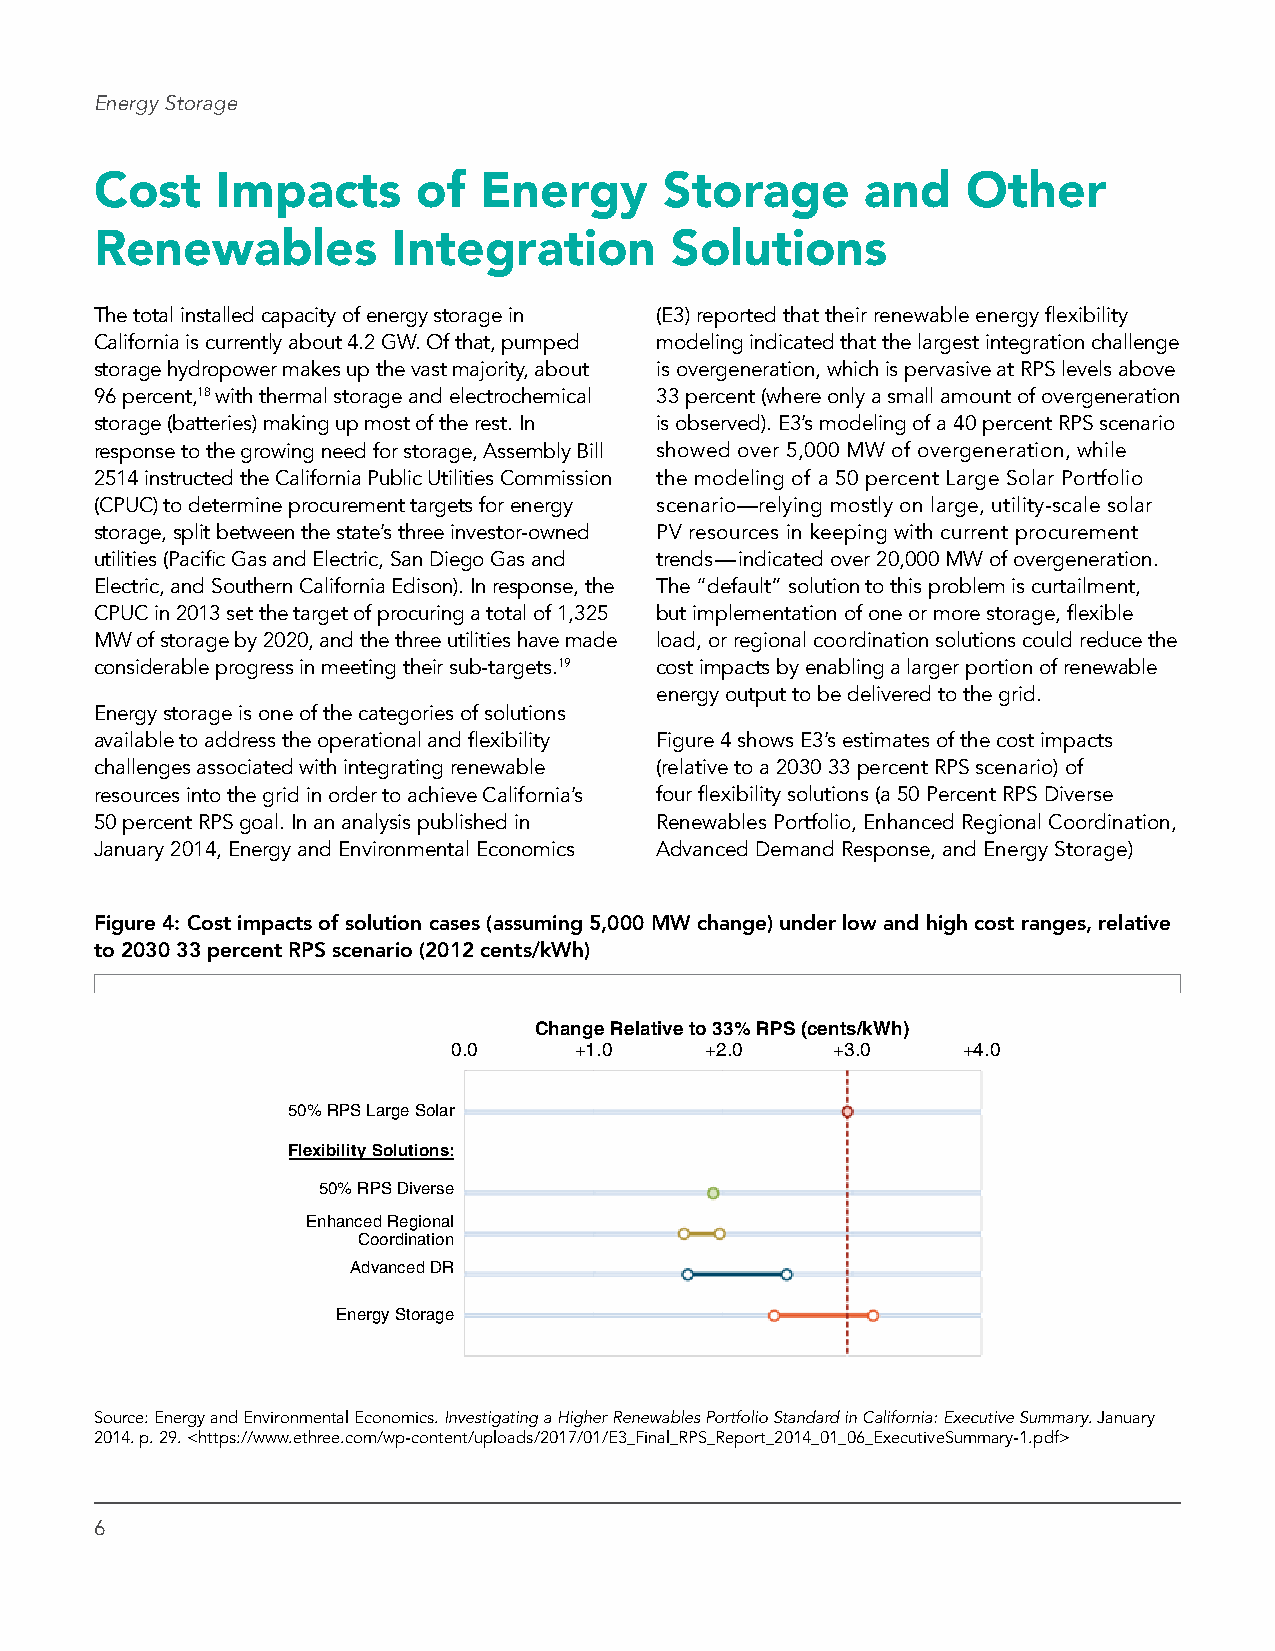
Energy Storage
 Cost    Impacts       of  Energy      Storage      and    Other
 Renewables          Integration       Solutions
 The total installed capacity of energy storage in (E3) reported that their renewable energy flexibility
 California is currently about 4.2 GW. Of that, pumped modeling indicated that the largest integration challenge
 storage hydropower makes up the vast majority, about is overgeneration, which is pervasive at RPS levels above
 96 percent,18 with thermal storage and electrochemical 33 percent (where only a small amount of overgeneration
 storage (batteries) making up most of the rest. In is observed). E3’s modeling of a 40 percent RPS scenario
 response to the growing need for storage, Assembly Bill showed over 5,000 MW of overgeneration, while
 2514 instructed the California Public Utilities Commission the modeling of a 50 percent Large Solar Portfolio
 (CPUC) to determine procurement targets for energy scenario—relying mostly on large, utility-scale solar
 storage, split between the state’s three investor-owned PV resources in keeping with current procurement
 utilities (Pacific Gas and Electric, San Diego Gas and trends—indicated over 20,000 MW of overgeneration.
 Electric, and Southern California Edison). In response, the The “default” solution to this problem is curtailment,
 CPUC in 2013 set the target of procuring a total of 1,325 but implementation of one or more storage, flexible
 MW of storage by 2020, and the three utilities have made load, or regional coordination solutions could reduce the
 considerable progress in meeting their sub-targets.19 cost impacts by enabling a larger portion of renewable
 energy output to be delivered to the grid.
 Energy storage is one of the categories of solutions
 available to address the operational and flexibility Figure 4 shows E3’s estimates of the cost impacts
 challenges associated with integrating renewable (relative to a 2030 33 percent RPS scenario) of
 resources into the grid in order to achieve California’s four flexibility solutions (a 50 Percent RPS Diverse
 50 percent RPS goal. In an analysis published in Renewables Portfolio, Enhanced Regional Coordination,
 January 2014, Energy and Environmental Economics Advanced Demand Response, and Energy Storage)
 Figure 4: Cost impacts of solution cases (assuming 5,000 MW change) under low and high cost ranges, relative
 to 2030 33 percent RPS scenario (2012 cents/kWh)
 Change Relative to 33% RPS (cents/kWh)
 0.0     +1.0     +2.0    +3.0     +4.0
 50% RPS Large Solar
 Flexibility Solutions:
 50% RPS Diverse
 Enhanced Regional
 Coordination
 Advanced DR
 Energy Storage
 Source: Energy and Environmental Economics. Investigating a Higher Renewables Portfolio Standard in California: Executive Summary. January
 2014. p. 29. <https://www.ethree.com/wp-content/uploads/2017/01/E3_Final_RPS_Report_2014_01_06_ExecutiveSummary-1.pdf>
 6